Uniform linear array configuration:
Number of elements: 24
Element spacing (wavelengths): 0.25
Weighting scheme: kaiser
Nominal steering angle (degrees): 0
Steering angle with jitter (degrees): -1.567
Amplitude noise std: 0.05
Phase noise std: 0.05

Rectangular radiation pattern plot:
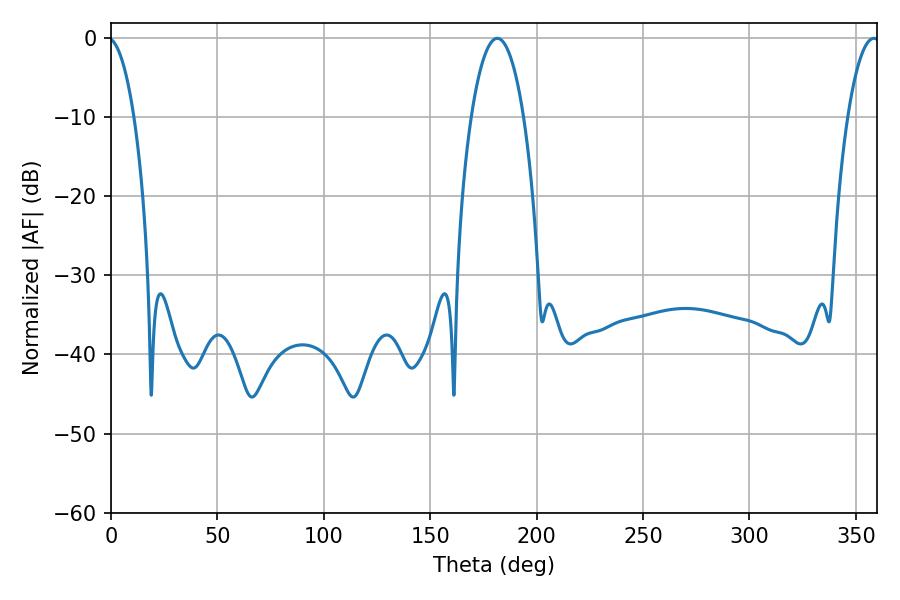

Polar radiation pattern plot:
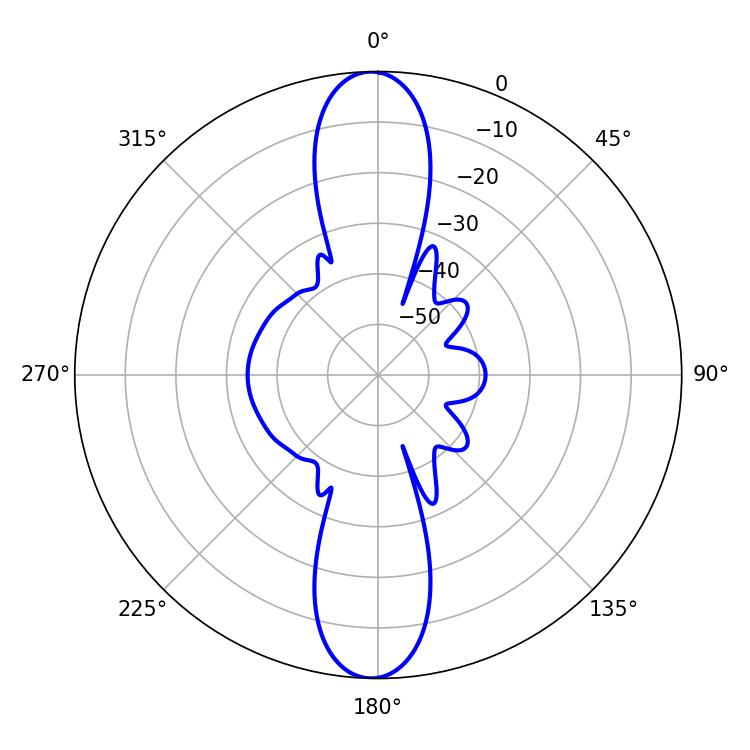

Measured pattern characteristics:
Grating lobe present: FALSE
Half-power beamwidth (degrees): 13.86
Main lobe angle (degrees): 181.44